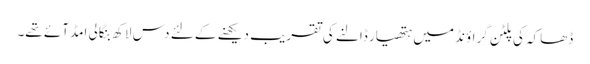
ڈھاکہ کی پلٹن گراؤنڈ میں ہتھیار ڈالنے کی تقریب دیکھنے کے لئے دس لاکھ بنگالی امڈ آئے تھے۔